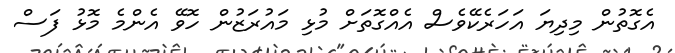
އެގޮތުން މިދިޔަ އަހަރެކޭވެސް އެއްގޮތަށް މުޅި މައުރަޒުން ހޮވޭ އެންމެ މޮޅު ފަސް